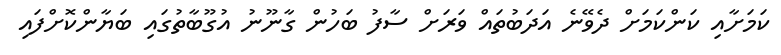
ކަމަށާއި ކަންކަމަށް ދެވޭނެ އަދަބުތައް ވަރަށް ސާފު ބަހުން ގާނޫނު އުގޫބާތުގައި ބަޔާންކޮށްފައި